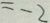
= - 2